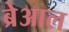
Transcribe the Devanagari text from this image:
ब्रेआल